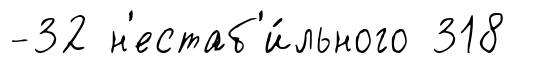
-32 н'естаб'и́льного 318